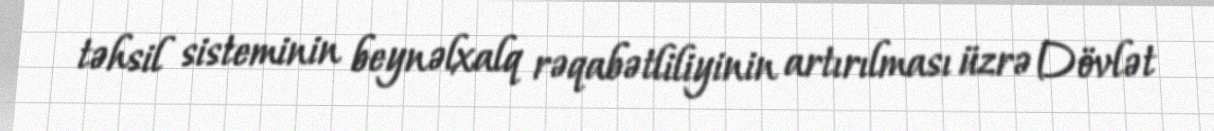
təhsil sisteminin beynəlxalq rəqabətliliyinin artırılması üzrə Dövlət